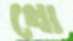
খো